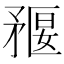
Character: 𥍻